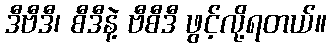
ဒီဗီဒီ၊ စီဒီနဲ့ ဗီစီဒီ ဖွင့်လို့ရတယ်။